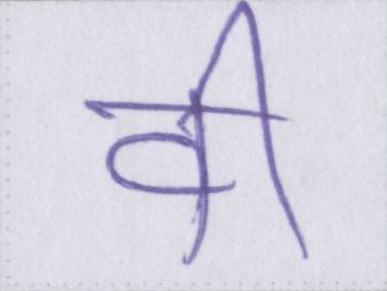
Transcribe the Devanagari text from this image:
वी